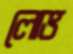
লোভ